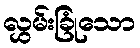
လွှမ်းခြုံသော